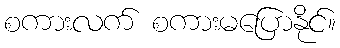
စကားလက် စကားမပြောနိုင်။